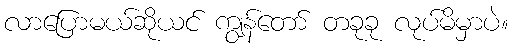
လာပြောမယ်ဆိုယင် ကျွန်တော် တခုခု လုပ်မိမှာပဲ။